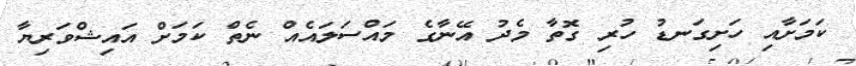
ކަަމަށާއި ހަށިގަނޑު ހުރި ގޮތާ މެދު އޭނާގެ މައްސަލައެއް ނެތް ކަމަށް އައިޝްވަރިޔާ